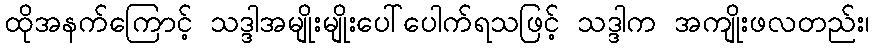
ထိုအနက်ကြောင့် သဒ္ဒါအမျိုးမျိုးပေါ်ပေါက်ရသဖြင့် သဒ္ဒါက အကျိုးဖလတည်း၊